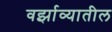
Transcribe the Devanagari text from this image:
वर्झाव्यातील